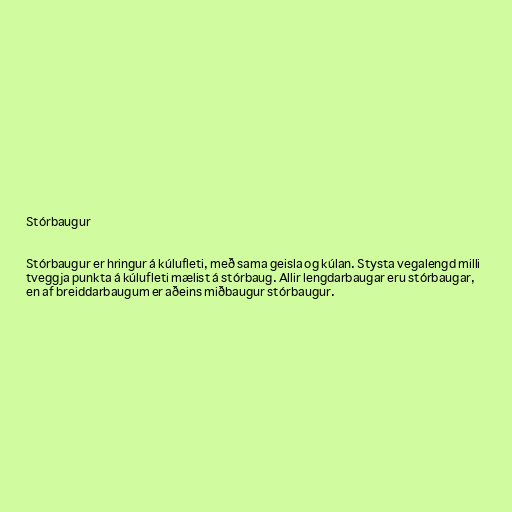
Stórbaugur

Stórbaugur er hringur á kúlufleti, með sama geisla og kúlan. Stysta vegalengd milli
tveggja punkta á kúlufleti mælist á stórbaug. Allir lengdarbaugar eru stórbaugar,
en af breiddarbaugum er aðeins miðbaugur stórbaugur.